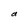
Character: a